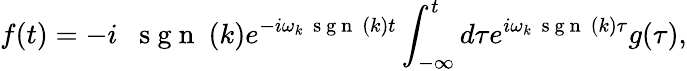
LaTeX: f(t)=-i\; \mathrm{~\mathrm{~s~g~n~}~}(k)e^{-i\omega_{k}\mathrm{~\mathrm{~s~g~n~}~}(k)t}\int_{-\infty}^{t}d\tau e^{i\omega_{k}\mathrm{~\mathrm{~s~g~n~}~}(k)\tau}g(\tau),